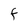
Character: F